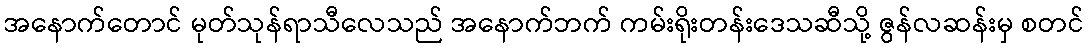
အနောက်တောင် မုတ်သုန်ရာသီလေသည် အနောက်ဘက် ကမ်းရိုးတန်းဒေသဆီသို့ ဇွန်လဆန်းမှ စတင်